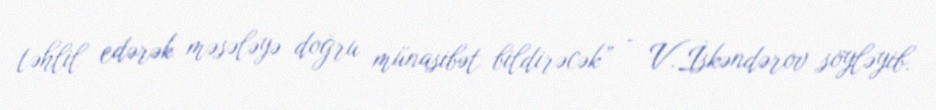
təhlil edərək məsələyə doğru münasibət bildirəcək” - V.İskəndərov söyləyib.